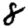
Digit: 8